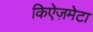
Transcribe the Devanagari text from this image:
किऐज़मेटा